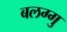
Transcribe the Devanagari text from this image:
बलग्गु